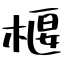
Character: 椻